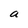
Character: a